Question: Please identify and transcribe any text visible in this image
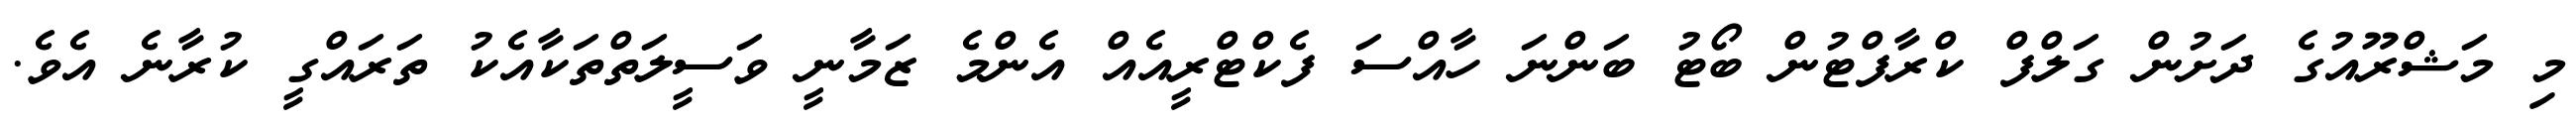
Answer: މި މަޝްރޫއުގެ ދަށުން ގަލްފް ކްރާފްޓުން ބޯޓު ބަންނަ ހާއްސަ ފެކްޓްރީއެއް އެންމެ ޒަމާނީ ވަސީލަތްތަކާއެކު ތަރައްގީ ކުރާނެ އެވެ.